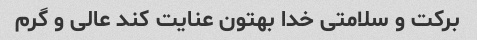
برکت و سلامتی خدا بهتون عنایت کند عالی و گرم